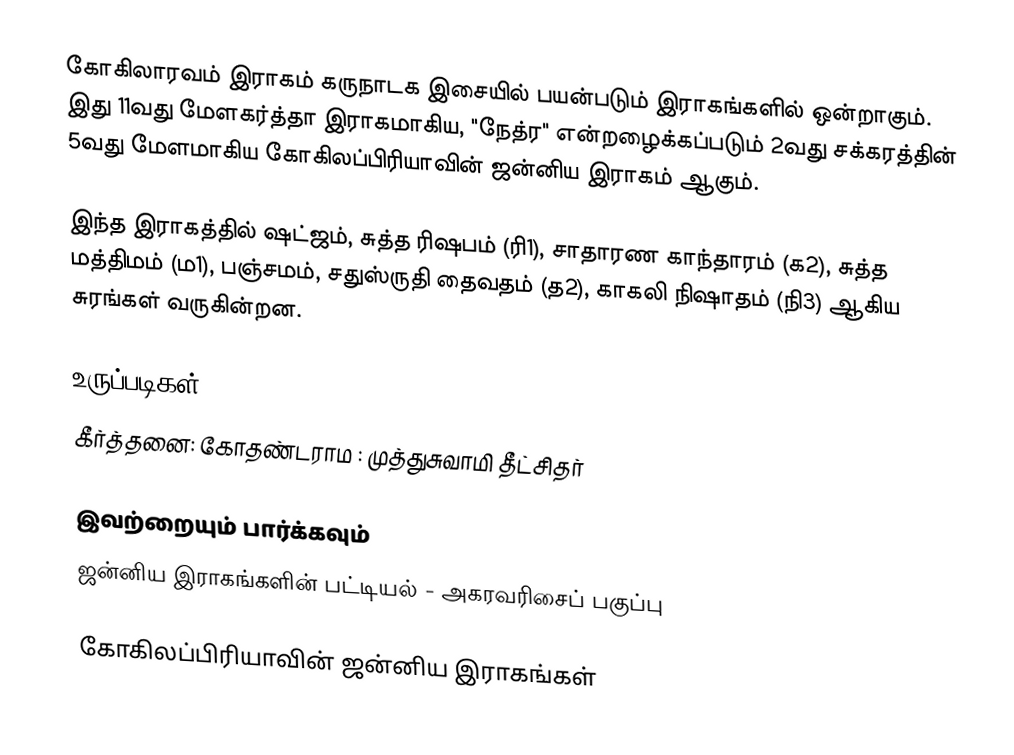
கோகிலாரவம் இராகம் கருநாடக இசையில் பயன்படும் இராகங்களில் ஒன்றாகும். இது 11வது மேளகர்த்தா இராகமாகிய, "நேத்ர" என்றழைக்கப்படும் 2வது சக்கரத்தின் 5வது மேளமாகிய கோகிலப்பிரியாவின் ஜன்னிய இராகம் ஆகும்.

இந்த இராகத்தில் ஷட்ஜம், சுத்த ரிஷபம் (ரி1),  சாதாரண காந்தாரம் (க2), சுத்த மத்திமம் (ம1), பஞ்சமம்,  சதுஸ்ருதி தைவதம் (த2), காகலி நிஷாதம்  (நி3) ஆகிய சுரங்கள் வருகின்றன.

உருப்படிகள்
 கீர்த்தனை: கோதண்டராம : முத்துசுவாமி தீட்சிதர்

இவற்றையும் பார்க்கவும்
 ஜன்னிய இராகங்களின் பட்டியல் - அகரவரிசைப் பகுப்பு

கோகிலப்பிரியாவின் ஜன்னிய இராகங்கள்